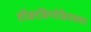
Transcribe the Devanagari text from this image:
तोंडरडिप्पोड़ियालवार